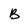
Character: B